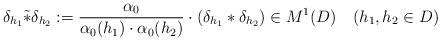
LaTeX: \begin{align*}\delta_{h_1} \tilde* \delta_{h_2}:= \frac{\alpha_0}{\alpha_0(h_1)\cdot \alpha_0(h_2)}\cdot( \delta_{h_1}*\delta_{h_2}) \in M^1(D) \quad(h_1,h_2\in D)\end{align*}